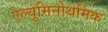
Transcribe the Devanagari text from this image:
ऐल्यूमिनोथर्मिक